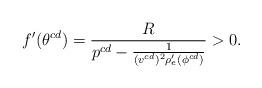
LaTeX: \begin{align*}f'(\theta^{cd})=\frac{R}{p^{cd}-\frac{1}{(v^{cd})^{2}\rho_{e}'(\phi^{cd})}}>0.\end{align*}